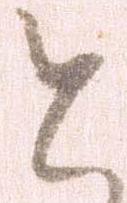
と